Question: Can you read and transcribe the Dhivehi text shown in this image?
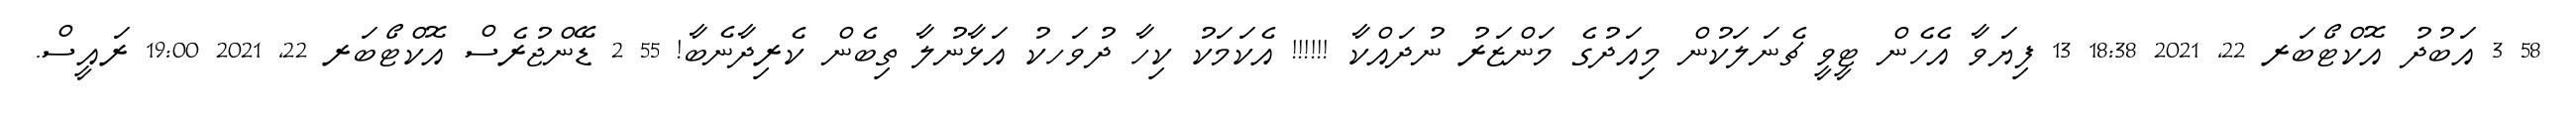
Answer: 58 3 އަބުދު އޮކްޓޯބަރ 22, 2021 18:38 13 ފިޔަވާ އެހެން ޓީވީ ޗެނަލަކުން މިއަދުގެ މަންޒަރު ނުދައްކާ !!!!!! އެކަމަކު ކިހާ ދުވަހކު އަޅާނުލާ ތިބެން ކެރިދާނެބާ! 55 2 ޑޭންޖުރެސް އޮކްޓޯބަރ 22, 2021 19:00 ރައީސް.